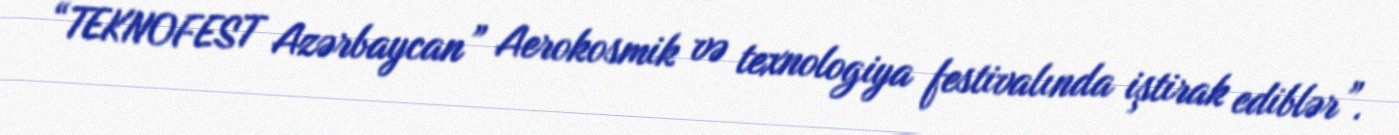
“TEKNOFEST Azərbaycan” Aerokosmik və texnologiya festivalında iştirak ediblər”.